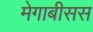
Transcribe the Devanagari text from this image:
मेगाबीसस